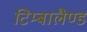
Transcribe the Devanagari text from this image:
टिम्बालैण्ड